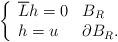
LaTeX: \begin{align*}\left\{\begin{array}[c]{ll}\overline{L}h=0 & B_{R}\\h=u & \partial B_{R}.\end{array}\right. \end{align*}